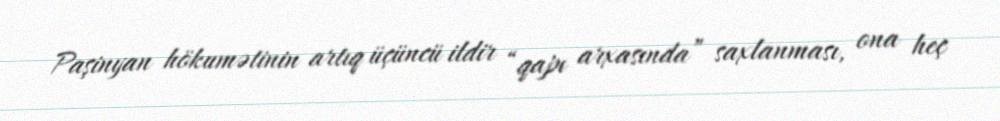
Paşinyan hökumətinin artıq üçüncü ildir “qapı arxasında” saxlanması, ona heç